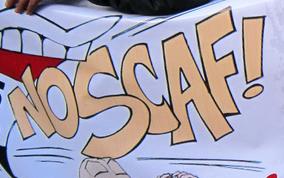
nosccaf